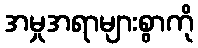
အမှုအရာများစွာကို